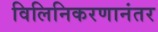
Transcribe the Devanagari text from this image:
विलिनिकरणानंतर